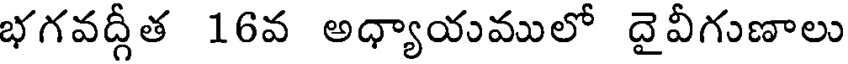
భగవద్గీత 16వ అధ్యాయములో దైవీగుణాలు